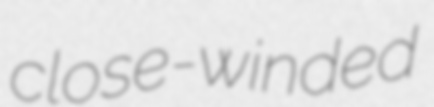
close-winded